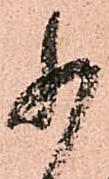
小